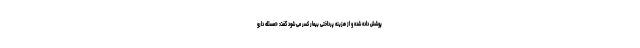
پوشش داده شده و از هزینه پرداختی بیمار کسر می شود گفت: «مسئله دارو